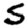
Digit: 5